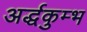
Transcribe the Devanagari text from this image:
अर्द्धकुम्भ